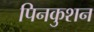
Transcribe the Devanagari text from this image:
पिनकुशन